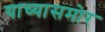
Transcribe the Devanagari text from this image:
याच्यासमोर